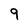
Character: 9